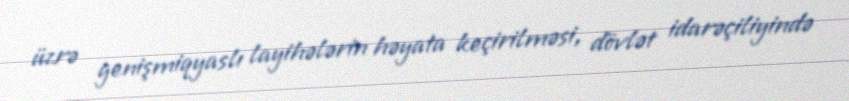
üzrə genişmiqyaslı layihələrin həyata keçirilməsi, dövlət idarəçiliyində